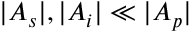
| A _ { s } | , | A _ { i } | \ll | A _ { p } |